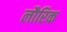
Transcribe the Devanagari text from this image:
लौरिक